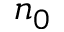
n _ { 0 }